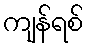
ကျန်ရစ်